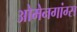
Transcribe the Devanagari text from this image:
ओमेनगांग्स